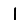
Digit: 1